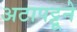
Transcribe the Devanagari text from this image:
अटापट्टूने